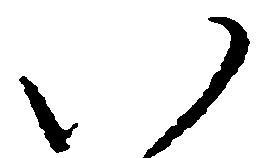
い